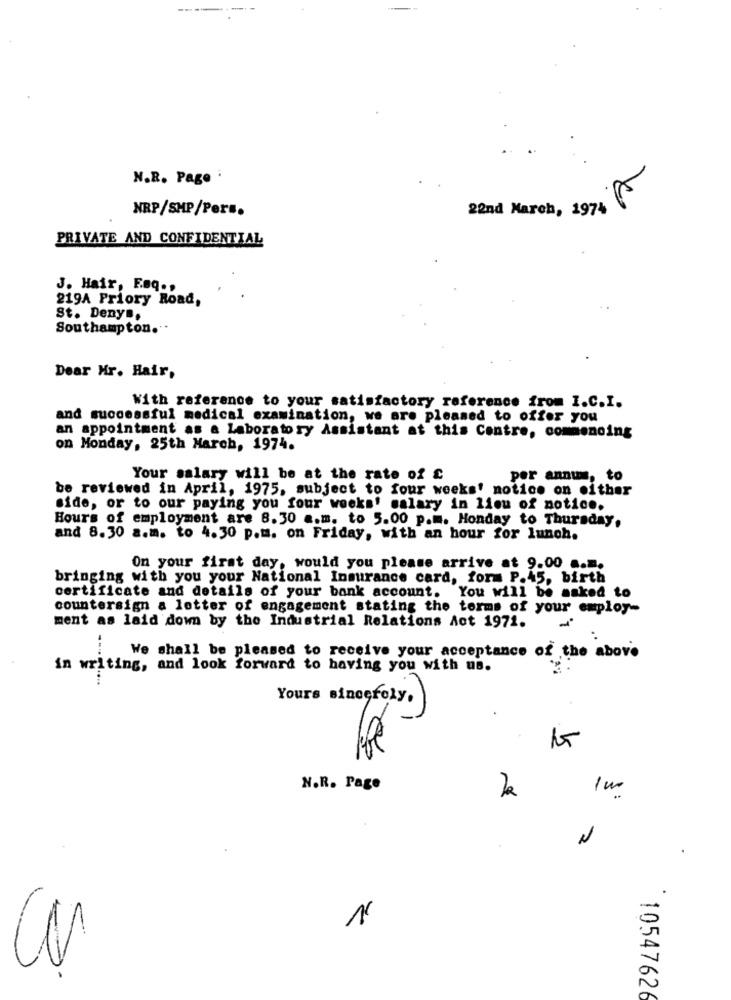
N.R. Page
NRP/SHP/Pers.
22nd March, 1974
PRIVATE AND CONFIDENTIAL
J. Hair, Esq .,
219A Priory Road,
St. Deny ..
Southampton."
Dear Mr. Hair,
With reference to your satisfactory reference from I.C.I.
and successful medical examination, we are pleased to offer you
an appointment as a Laboratory Assistant at this Contre, commenoing
on Monday, 25th March, 1974.
Your salary will be at the rate of £
per annum, to
be reviewed in April, 1975, subject to four weeks' notice on either
side, or to our paying you four weeks' salary in lieu of notice.
Hours of employment are 8.30 a.m. to 5.00 p.m. Monday to Thursday,
and 8.30 a.m. to 4.30 p.m. on Friday, with an hour for lunch.
On your first day, would you please arrive at 9.00 a.m.
bringing with you your National Insurance card, form P.45, birth
certificate and details of your bank account. You will be asked to
countersign a letter of engagement stating the terms of your employ-
ment as laid down by the Industrial Relations Act 1971.
We shall be pleased to receive your acceptance of the above
in writing, and look forward to having you with us.
Yours sincerely.
15
N.R. Page
-
N
1054762